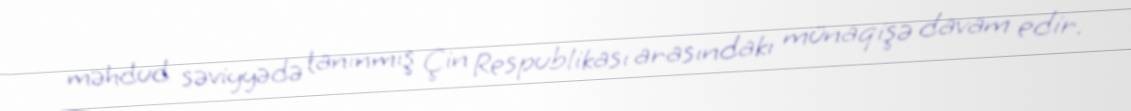
məhdud səviyyədə tanınmış Çin Respublikası arasındakı münaqişə davam edir.